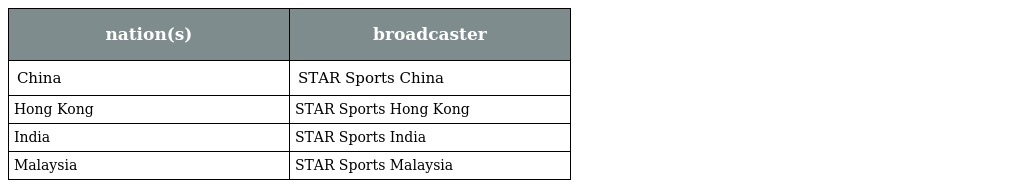
| nation(s) | broadcaster |
 | --- | --- |
 | China | STAR Sports China |
 | Hong Kong | STAR Sports Hong Kong |
 | India | STAR Sports India |
 | Malaysia | STAR Sports Malaysia |